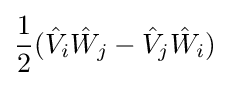
{\frac {1}{2}}({\hat {V}}_{i}{\hat {W}}_{j}-{\hat {V}}_{j}{\hat {W}}_{i})